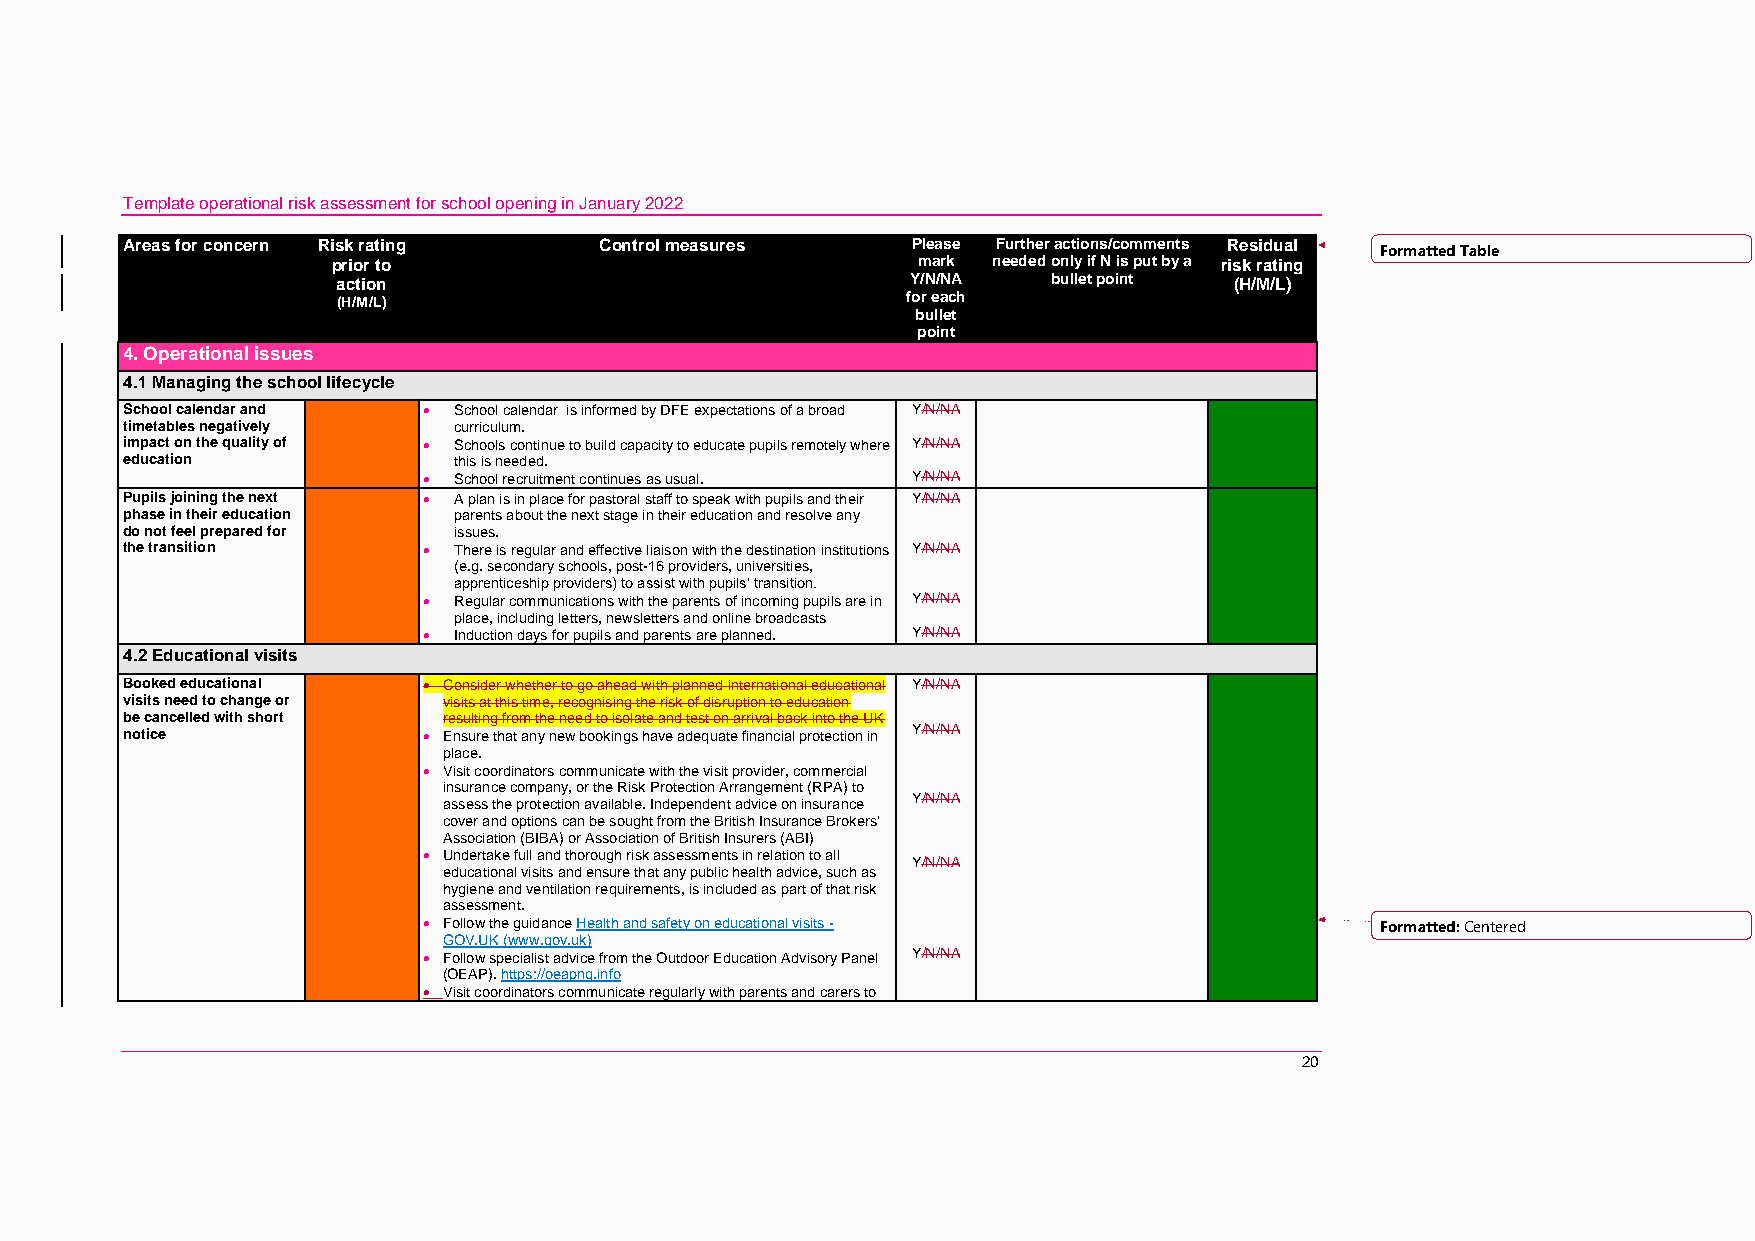
Template operational risk assessment for school opening in January 2022
 Areas for concern Risk rating   Control measures    Please Further actions/comments Residual Formatted Table
 prior to                               mark needed only if N is put by a risk rating
 action                                Y/N/NA    bullet point (H/M/L)
 (H/M/L)                               for each
 bullet
 point
 4. Operational issues
 4.1 Managing the school lifecycle
 School calendar and  School calendar is informed by DFE expectations of a broad Y/N/NA
 timetables negatively curriculum.
 impact on the quality of  Schools continue to build capacity to educate pupils remotely where Y/N/NA
 education             this is needed.
  School recruitment continues as usual. Y/N/NA
 Pupils joining the next  A plan is in place for pastoral staff to speak with pupils and their Y/N/NA
 phase in their education parents about the next stage in their education and resolve any
 do not feel prepared for issues.
 the transition       There is regular and effective liaison with the destination institutions Y/N/NA
 (e.g. secondary schools, post-16 providers, universities,
 apprenticeship providers) to assist with pupils’ transition.
  Regular communications with the parents of incoming pupils are in Y/N/NA
 place, including letters, newsletters and online broadcasts
  Induction days for pupils and parents are planned. Y/N/NA
 4.2 Educational visits
 Booked educational   Consider whether to go ahead with planned international educational Y/N/NA
 visits need to change or visits at this time, recognising the risk of disruption to education
 be cancelled with short resulting from the need to isolate and test on arrival back into the UK
 notice               Ensure that any new bookings have adequate financial protection in Y/N/NA
 place.
  Visit coordinators communicate with the visit provider, commercial
 insurance company, or the Risk Protection Arrangement (RPA) to
 assess the protection available. Independent advice on insurance Y/N/NA
 cover and options can be sought from the British Insurance Brokers'
 Association (BIBA) or Association of British Insurers (ABI)
  Undertake full and thorough risk assessments in relation to all
 Y/N/NA
 educational visits and ensure that any public health advice, such as
 hygiene and ventilation requirements, is included as part of that risk
 assessment.
  Follow the guidance Health and safety on educational visits - Formatted: Centered
 GOV.UK (www.gov.uk)
  Follow specialist advice from the Outdoor Education Advisory Panel Y/N/NA
 (OEAP). https://oeapng.info
  Visit coordinators communicate regularly with parents and carers to
 20